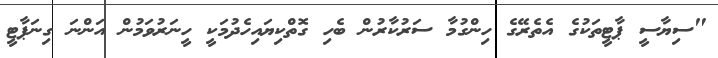
"ސިޔާސީ ޕާޓީތަކުގެ އެތެރޭގެ ހިންގުމާ ސަރުކާރުން ބެހި ގޮތްކިޔައިހެދުމަކީ ހީނަރުވަމުން އަންނަ ގިނަޕާޓީ